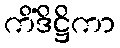
ကိံဒိဋ္ဌိကာ